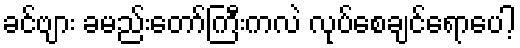
ခင်ဗျား ခမည်းတော်ကြီးကလဲ လုပ်စေချင်ရောပေါ့